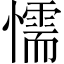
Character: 懦